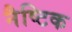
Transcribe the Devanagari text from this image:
नैष्टिक